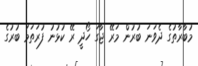
މުބާރާތުގެ ދެވަނަ ބުރުން މަރޭ ޖާގަ ހޯދީ ރޭ ކުޅުނު ފުރަތަމަ ބުރުގެ